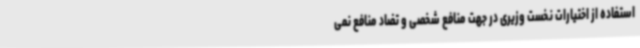
استفاده از اختیارات نخست وزیری در جهت منافع شخصی و تضاد منافع نمی